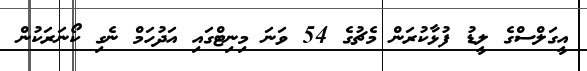
އީގަލްސްގެ ލީޑު ފުޅާކުރަން މެޗުގެ 54 ވަނަ މިނިޓްގައި އަދުހަމް ނެގި ކޯނަރަކުން